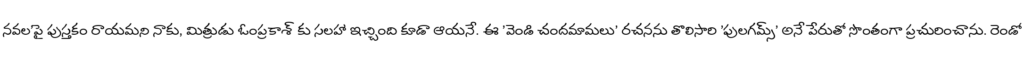
నవల'పై పుస్తకం రాయమని నాకు, మిత్రుడు ఓంప్రకాశ్ కు సలహా ఇచ్చింది కూడా ఆయనే. ఈ 'వెండి చందమామలు' రచనను తొలిసారి 'పులగమ్స్' అనే పేరుతో సొంతంగా ప్రచురించాను. రెండో